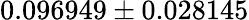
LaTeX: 0.096949\pm 0.028145